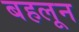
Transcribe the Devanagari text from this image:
बहलून